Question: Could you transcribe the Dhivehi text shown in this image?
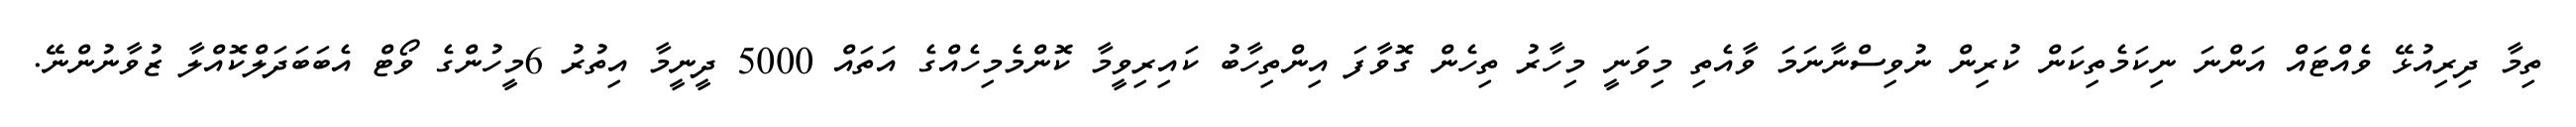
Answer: ތިމާ ދިރިއުޅޭ ވެއްޓައް އަންނަ ނިކަމެތިކަން ކުރިން ނުވިސްނާނަމަ ވާއެތި މިވަނީ މިހާރު ތިހެން ގޮވާފަ އިންތިހާބު ކައިރިވީމާ ކޮންމެމިހެއްގެ އަތައް 5000 ދީނީމާ އިތުރު 6މީހުންގެ ވޯޓް އެބަބަދަލްކޮއްލާ ޒުވާނުންނޭ.